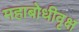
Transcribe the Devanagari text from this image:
महाबोधीवृक्ष